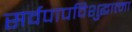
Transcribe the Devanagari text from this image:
सर्वपापविशुद्धात्मा